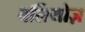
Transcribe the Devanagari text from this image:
बर्लियोज़